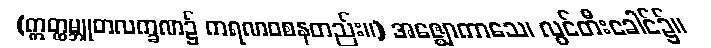
(ဣတ္ထမ္ဘူတလက္ခဏ၌ ကရဏဝစနတည်း။) အဇ္ဈောကာသေ၊ လွင်တီးခေါင်၌။